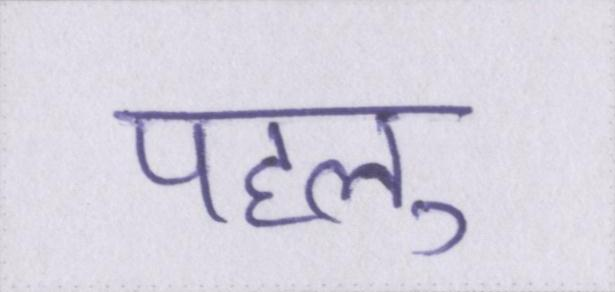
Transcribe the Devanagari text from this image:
पहलु